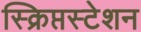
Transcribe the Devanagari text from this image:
स्क्रिप्तस्टेशन